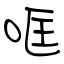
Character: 哐